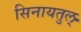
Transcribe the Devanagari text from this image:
सिनायतुल्